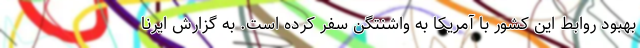
بهبود روابط این کشور با آمریکا به واشنتگن سفر کرده است. به گزارش ایرنا